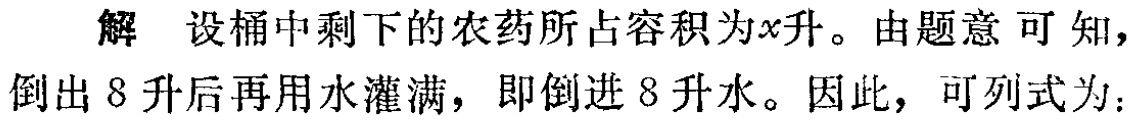
解 设桶中剩下的农药所占容积为\(x\)升。由题意可知，倒出\(8\)升后再用水灌满，即倒进\(8\)升水。因此，可列式为：